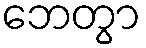
ဘေတွာ